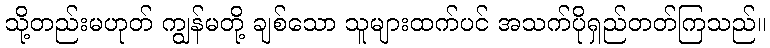
သို့တည်းမဟုတ် ကျွန်မတို့ ချစ်သော သူများထက်ပင် အသက်ပိုရှည်တတ်ကြသည်။